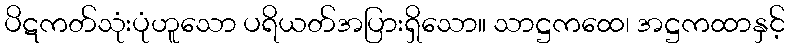
ပိဋကတ်သုံးပုံဟူသော ပရိယတ်အပြားရှိသော။ သာဋ္ဌကထေ၊ အဋ္ဌကထာနှင့်